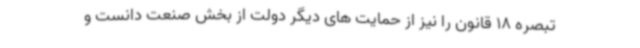
تبصره 18 قانون را نیز از حمایت های دیگر دولت از بخش صنعت دانست و